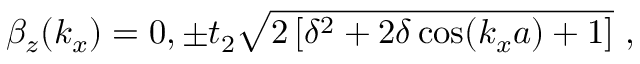
\beta _ { z } ( k _ { x } ) = 0 , \pm t _ { 2 } \sqrt { 2 \left[ \delta ^ { 2 } + 2 \delta \cos ( k _ { x } a ) + 1 \right] } \ ,